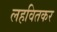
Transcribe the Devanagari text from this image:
लहवितकर